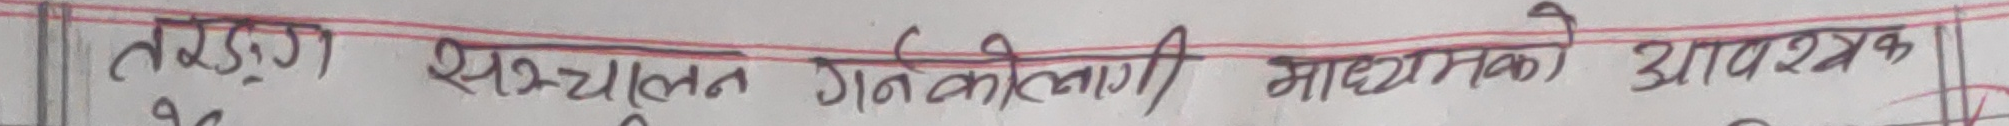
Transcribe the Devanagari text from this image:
तरङ्ग सञ्चालन गर्नकोलागी माध्यमको आवश्यक